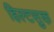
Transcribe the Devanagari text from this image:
हिल्टसुक